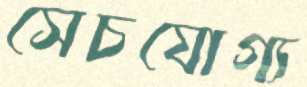
সেচযোগ্য